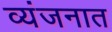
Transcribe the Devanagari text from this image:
व्यंजनात